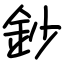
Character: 鈔